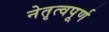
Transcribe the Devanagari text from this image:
नेतृत्वपूर्ण